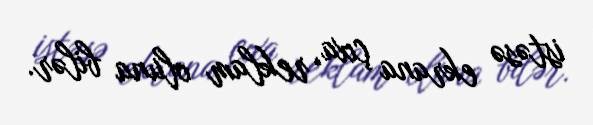
istəsə ekrana çıxa, reklam oluna bilər.